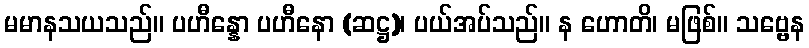
မမာနသယသည်။ ပဟီန္နော ပဟီနော (ဆဋ္ဌ)၊ ပယ်အပ်သည်။ န ဟောတိ၊ မဖြစ်။ သဗ္ဗေန